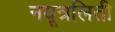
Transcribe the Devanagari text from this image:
नयूत्रलिती